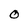
Character: O